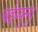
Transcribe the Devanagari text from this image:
चईय्युन्नु।